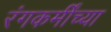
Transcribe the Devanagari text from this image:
रंगकर्मींच्या